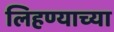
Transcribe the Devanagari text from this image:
लिहण्याच्या